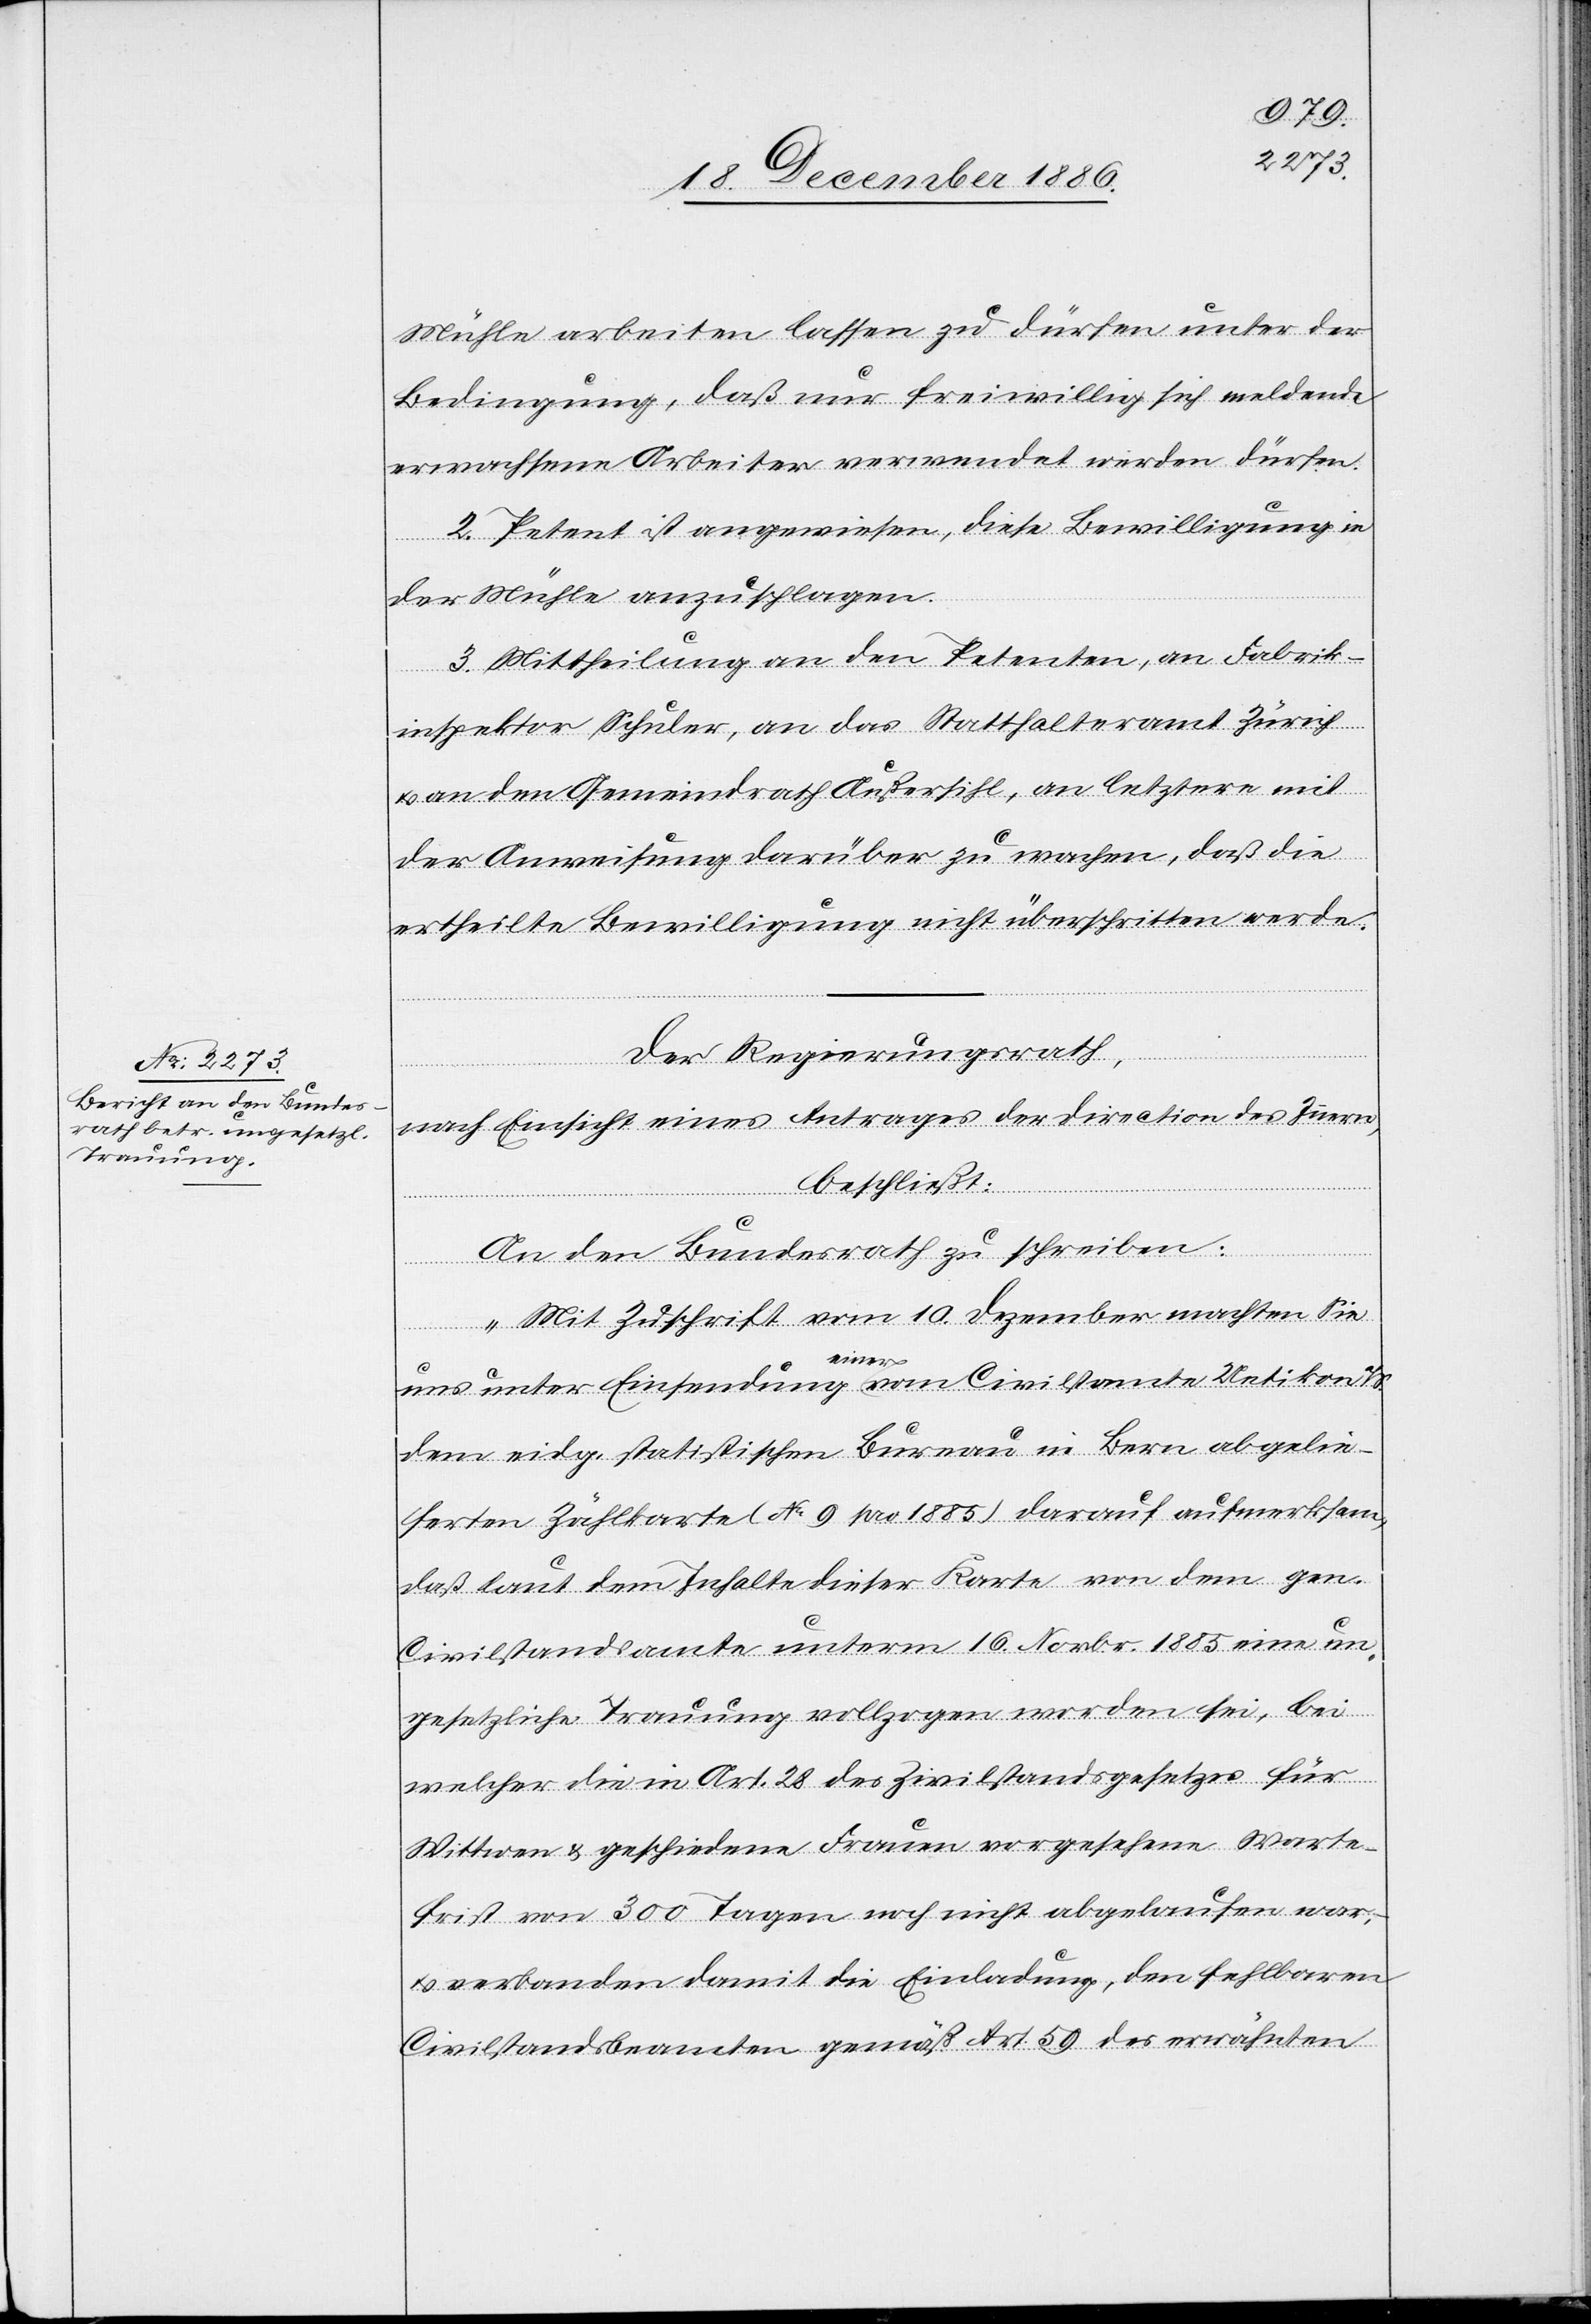
Mühle arbeiten lassen zu dürfen unter der
Bedingung, daß nur freiwillig sich meldende
erwachsene Arbeiter verwendet werden dürfen.
2. Petent ist angewiesen, diese Bewilligung in
der Mühle anzuschlagen.
3. Mittheilung an den Petenten, an Fabrik¬
inspektor Schuler, an das Statthalteramt Zürich
an den Gemeindrath Außersihl, an letztere mit
der Anweisung darüber zu wachen, daß die
ertheilte Bewilligung nicht überschritten werde.
Der Regierungsrath,
nach Einsicht eines Antrages der Direction des Innern,
beschließt:
vom
An den Bundesrath zu schreiben:
„Mit Zuschrift vom 10. Dezember machten Sie
einer
dem eidg. statistischen Bureau in Bern abgelie¬
ferten Zählkarte (No 9 pro 1885) darauf aufmerksam,
daß laut dem Inhalte dieser Karte von dem gen.
Civilstandsamte unterm 16. Novbr. 1885 eine un¬
gesetzliche Trauung vollzogen worden sei, bei
welcher die in Art. 28 des Zivilstandsgesetzes für
Wittwen & geschiedene Frauen vorgesehene Warte¬
frist von 300 Tagen noch nicht abgelaufen war,
& verbanden damit die Einladung, den fehlbaren
Civilstandsbeamten gemäß Art. 59 des erwähnten